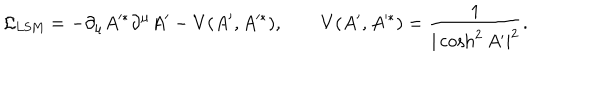
{ \cal L } _ { \mathrm { L S M } } = - \partial _ { \mu } A ^ { * } \partial ^ { \mu } A ^ { \prime } - V ( A ^ { \prime } , A ^ { * } ) , \qquad V ( A ^ { \prime } , A ^ { * } ) = { \frac { 1 } { | \cosh ^ { 2 } A ^ { \prime } | ^ { 2 } } } .